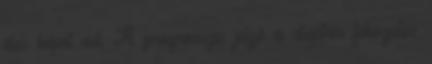
éles képet ad. A progresszív jelző a dioptria fokozatos